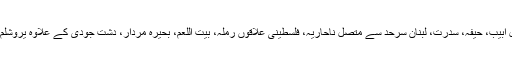
دس دن کے اس سفر میں تل ابیب، حیفہ، سدرت، لبنان سرحد سے متصل ناحاریہ، فلسطینی علاقوں رملہ، بیت اللعم، بحیرہ مردار، دشت جودی کے علاوہ یروشلم کے دورہ کا بھی موقع ملا۔